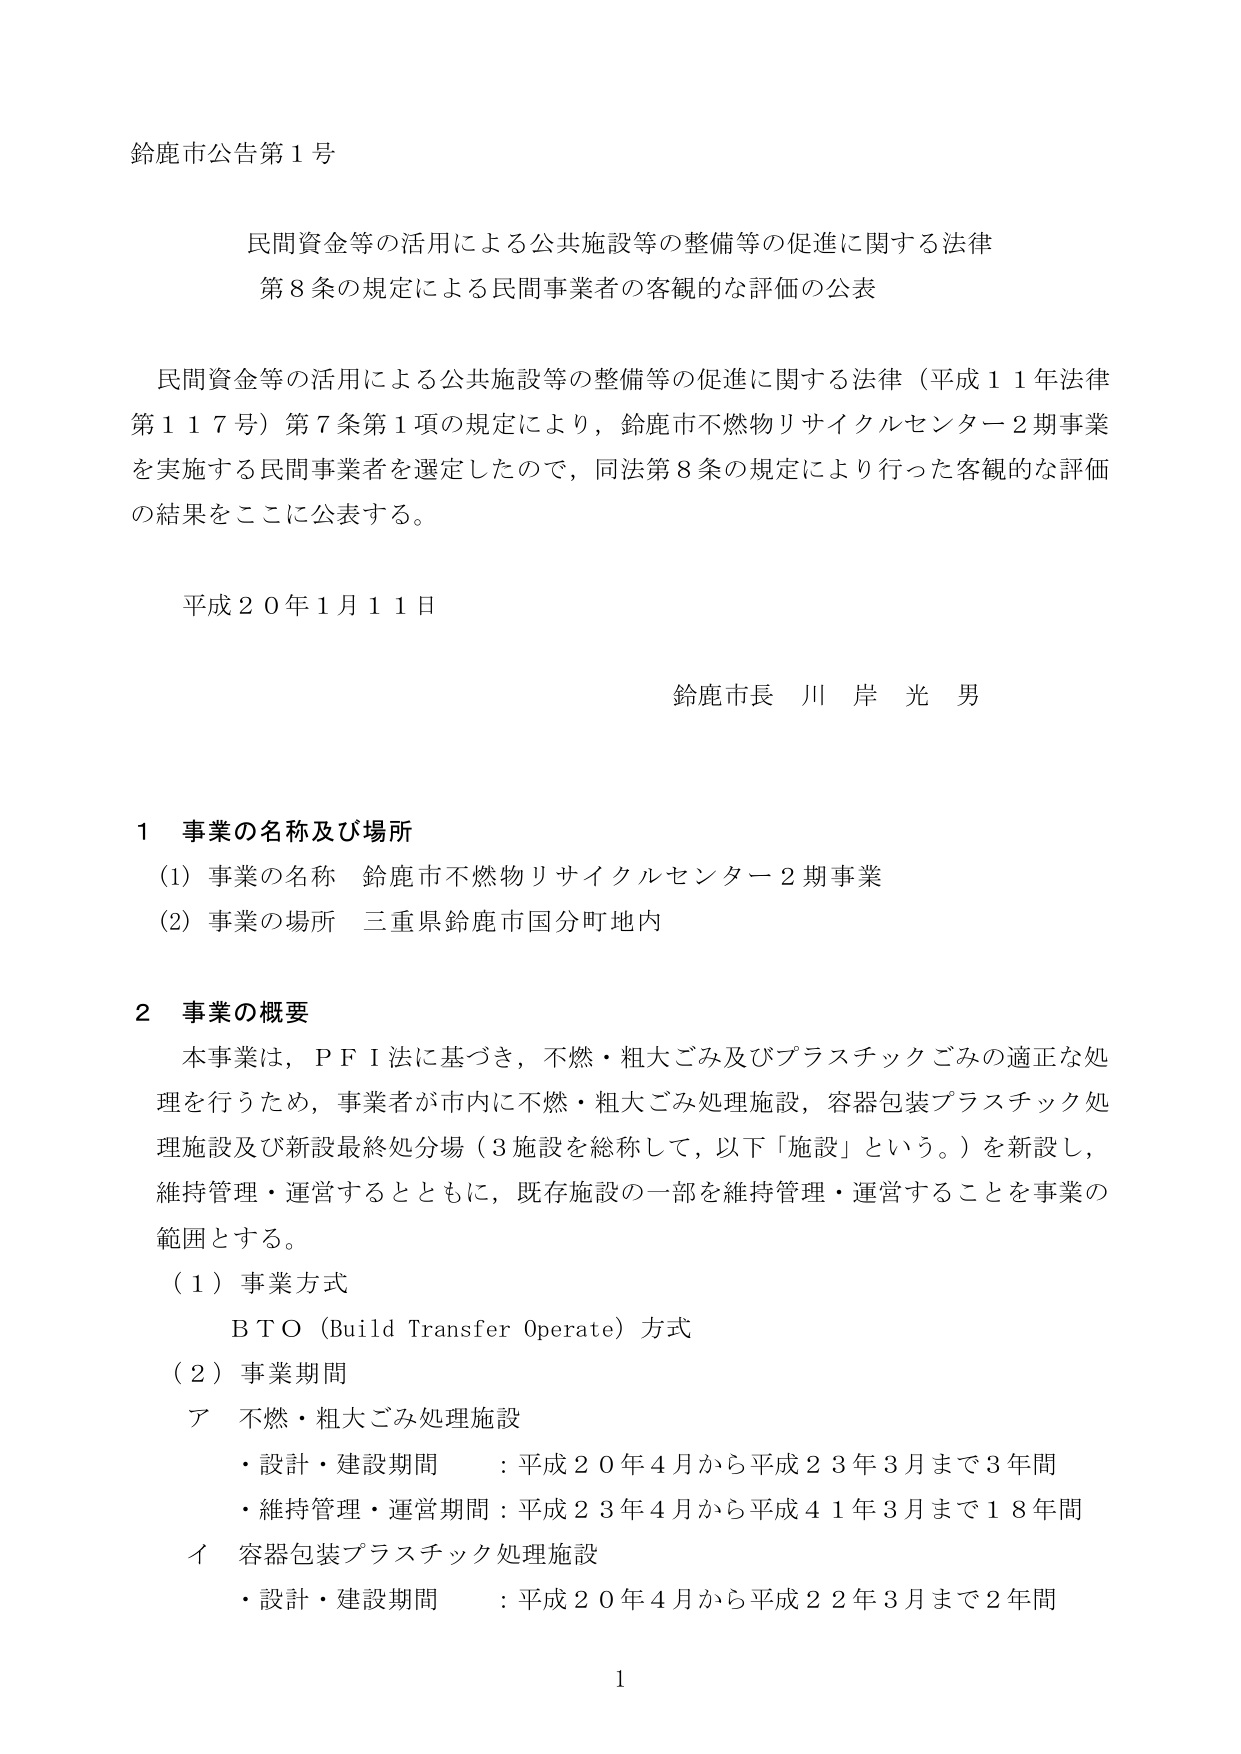
鈴鹿市公告第１号

民間資金等の活用による公共施設等の整備等の促進に関する法律
第８条の規定による民間事業者の客観的な評価の公表

民間資金等の活用による公共施設等の整備等の促進に関する法律（平成１１年法律第１１７号）第７条第１項の規定により，鈴鹿市不燃物リサイクルセンター２期事業を実施する民間事業者を選定したので，同法第８条の規定により行った客観的な評価の結果をここに公表する。

平成２０年１月１１日

鈴鹿市長 川岸光男

１ 事業の名称及び場所
（1）事業の名称 鈴鹿市不燃物リサイクルセンター２期事業
（2）事業の場所 三重県鈴鹿市国分町地内

２ 事業の概要
本事業は，ＰＦＩ法に基づき，不燃・粗大ごみ及びプラスチックごみの適正な処理を行うため，事業者が市内に不燃・粗大ごみ処理施設，容器包装プラスチック処理施設及び新設最終処分場（３施設を総称して，以下「施設」という。）を新設し，維持管理・運営するとともに，既存施設の一部を維持管理・運営することを事業の範囲とする。
（１）事業方式
ＢＴＯ（Build Transfer Operate）方式
（２）事業期間
ア 不燃・粗大ごみ処理施設
・設計・建設期間 ：平成２０年４月から平成２３年３月まで３年間
・維持管理・運営期間：平成２３年４月から平成４１年３月まで１８年間
イ 容器包装プラスチック処理施設
・設計・建設期間 ：平成２０年４月から平成２２年３月まで２年間

1